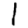
Digit: 1